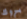
بروك